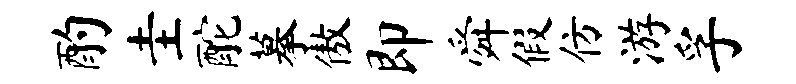
酌圭酡摹傲即舜假仿游孚